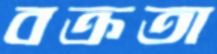
বক্রতা